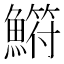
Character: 𫙳